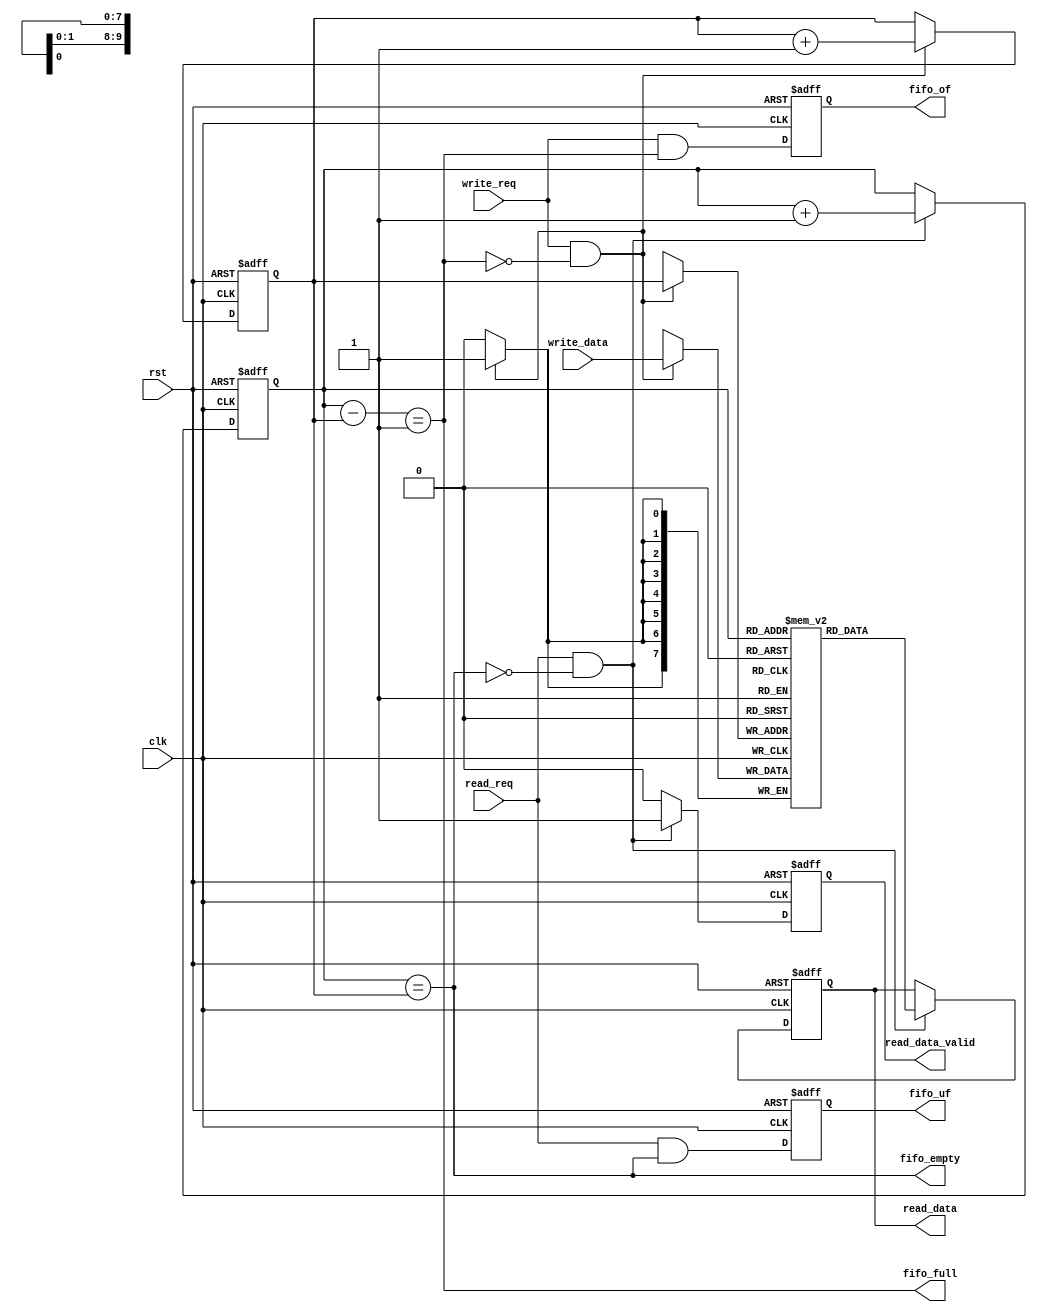
`timescale 1ns / 1ps
//////////////////////////////////////////////////////////////////////////////////
// Company: 
// Engineer: 
// 
// Design Name: 
// Module Name: fifo_one_clk
// Project Name: 
// Target Devices: 
// Tool Versions: 
// Description: 
// 
// Dependencies: 
// 
// Revision:
// Revision 0.01 - File Created
// Additional Comments:
// 
//////////////////////////////////////////////////////////////////////////////////

module fifo_one_clk (rst,clk, write_data,write_req, read_data,read_data_valid, read_req, fifo_of, fifo_uf, fifo_empty, fifo_full);

parameter DATA = 8;
parameter ADDR = 10; 
 /*********************** Port declerations *****************************************/
     input  			rst,clk;
     input [7:0] 		write_data;
     input 				write_req, read_req; // toggle
     output reg [7:0] 	read_data;
	 output reg			read_data_valid;
	 output reg 		fifo_of, fifo_uf;
	 output				fifo_empty, fifo_full;

 //signals which are used inside the module and are not output from the module
/*********************** Internal signals *****************************************/
   	reg [DATA-1:0] my_fifo [0:2**ADDR-1];
	reg  [ADDR-1:0] read_pointer, write_pointer;	
   	  


/******************************** parameters ***************************************/
/******************************** Assignments *************************************/

 assign	fifo_empty	= (read_pointer == write_pointer);
 //wire 	[1:0] pointers_diff =  read_pointer - write_pointer;
 wire	fifo_full2	= (read_pointer - write_pointer == 2'b1);
 wire	fifo_full3	= (read_pointer == write_pointer + 2'b1);
 wire [ADDR-1:0] diff = read_pointer - write_pointer;
 wire 		 fifo_full =   (diff == 1);
 wire	write_to_fifo = write_req & !fifo_full;
 wire	read_from_fifo = read_req & !fifo_empty;

/******************************** sample *************************************/

    
   
      		
/******************************** write to fifo ******************************/
   always @ (posedge clk or negedge rst)
    if (!rst)
  	 	write_pointer <= 0;
	 else if (write_to_fifo)
    	write_pointer <= write_pointer + 1;

// 		
always @ (posedge clk)
	if (write_to_fifo)
		my_fifo[write_pointer] <= write_data[7:0];

always @ (posedge clk or negedge rst) 
 	if (!rst)
  	 	fifo_of <= 0;
	 else
	   	fifo_of <= write_req & fifo_full;       		  
/******************************** read from fifo ******************************/
  always @ (posedge clk or negedge rst)
    if (!rst) 
		begin
		read_pointer 	<= 0;
 		read_data		<= 0;
		read_data_valid	<= 0;
		end
	else
	 if (read_from_fifo)
			begin
			read_data<= my_fifo[read_pointer];
			read_data_valid <= 1;
			read_pointer <=read_pointer +1;
			end
		else
			read_data_valid <= 0;

always @ (posedge clk or negedge rst) 
 	if (!rst)
  	 	fifo_uf <= 0;
	 else	  	
	 	fifo_uf <= read_req & fifo_empty; 
   
endmodule